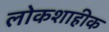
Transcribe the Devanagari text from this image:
लोकशाहीक